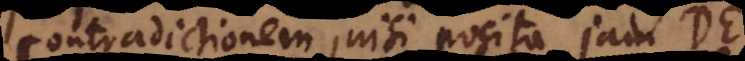
contradictionem, nisi posita jam D